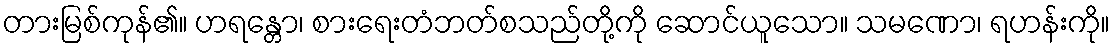
တားမြစ်ကုန်၏။ ဟရန္တော၊ စားရေးတံဘတ်စသည်တို့ကို ဆောင်ယူသော။ သမဏော၊ ရဟန်းကို။